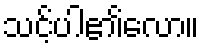
သင့်ပါ၏လော။